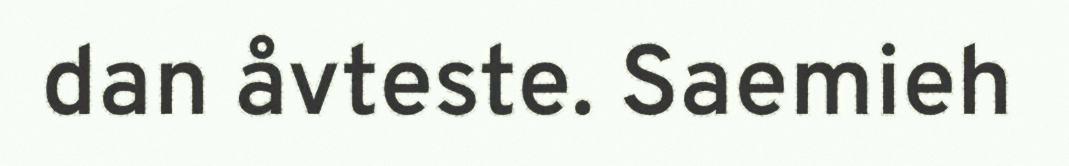
dan åvteste. Saemieh